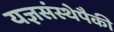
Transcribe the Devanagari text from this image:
यज्ञसंस्थेपैकी